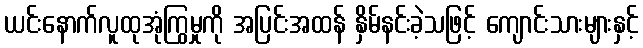
ယင်းနောက်လူထုအုံကြွမှုကို အပြင်းအထန် နှိမ်နင်းခဲ့သဖြင့် ကျောင်းသားများနှင့်